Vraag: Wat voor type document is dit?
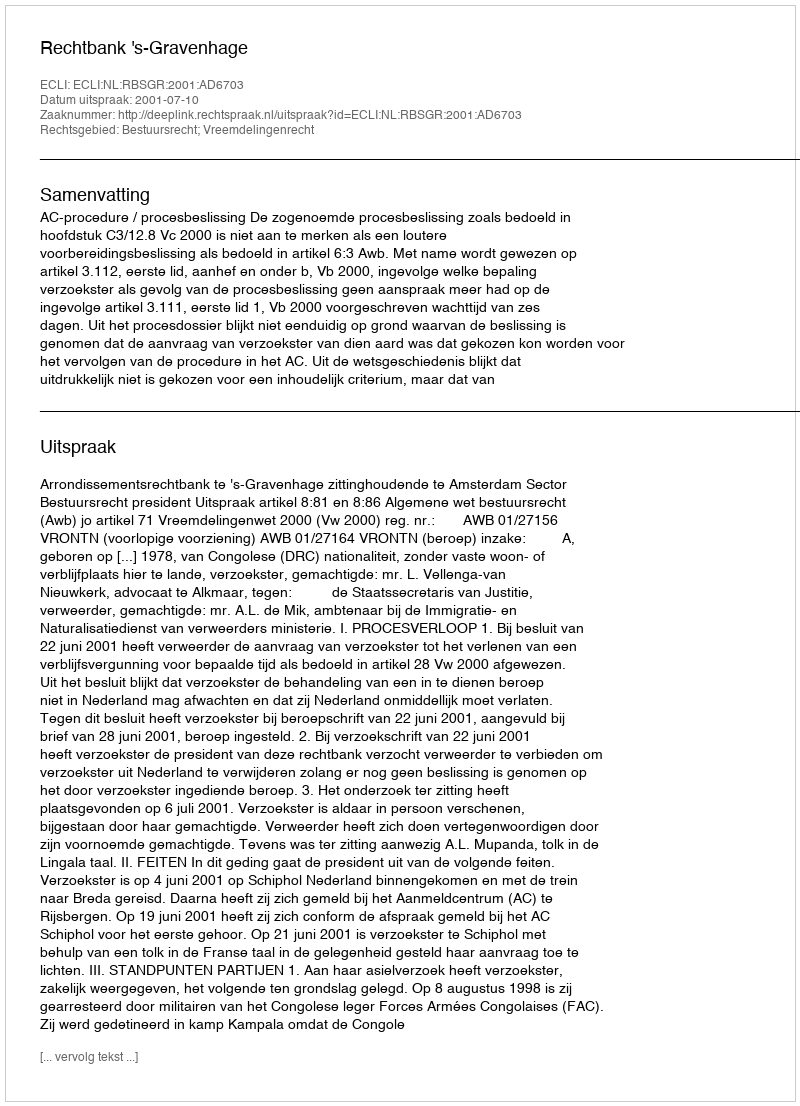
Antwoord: Uitspraak